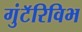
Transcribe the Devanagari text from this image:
गुंटॅरिविभ